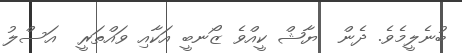
ބުނެލީމެވެ. ދެން  ޔާޝް ކީއްވެ ޒޯނބީ އަކާއި ވައްތަރީ  އަސްލު